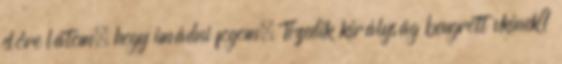
előre látom, hogy imádni fogom. Tizedik királyság beugrott vkinek?